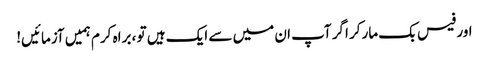
اور فیس بک مارکر اگر آپ ان میں سے ایک ہیں تو ، براہ کرم ہمیں آزمائیں!